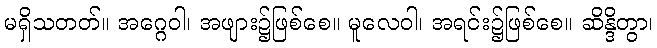
မရှိသတတ်။ အဂ္ဂေဝါ၊ အဖျား၌ဖြစ်စေ။ မူလေဝါ၊ အရင်း၌ဖြစ်စေ။ ဆိန္ဒိတွာ၊